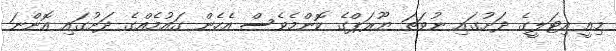
މިއީ އިޓަލީގެ ދަށުގައި ނުވަތަ ޔޫރަޕްގެ ކޮންމެވެސް އެހެން ގައުމެއްގެ ދަށުގައި އޮންނަ